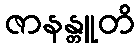
ဇာနန္တူတိ